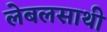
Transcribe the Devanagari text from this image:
लेबलसाथी